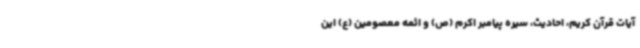
آیات قرآن کریم، احادیث، سیره پیامبر اکرم (ص) و ائمه معصومین (ع) این